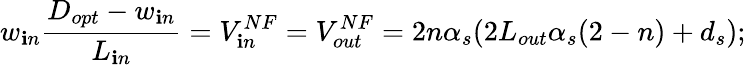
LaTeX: w_{\mathbf{i}n}\frac{{D_{opt}-w_{\mathbf{i}n}}}{{L_{\mathbf{i}n}}}=V_{\mathbf{i}n}^{NF}=V_{out}^{NF}=2n\alpha_{s}(2L_{out}\alpha_{s}(2-n)+d_{s});